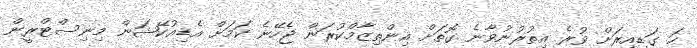
ހަ ގަޑިއިރަށް ވުރެ އިތުރުނުވާނެ ގޮތަށް އިންތިޒާމްކުރަން ޖެހޭނެ ކަމަށް އެޑިއުކޭޝަން މިނިސްޓްރީން